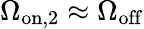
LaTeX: \Omega_{\mathrm{on,2}}\approx\Omega_{\mathrm{off}}